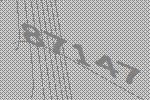
87147